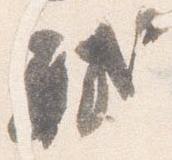
軾